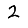
Digit: 2